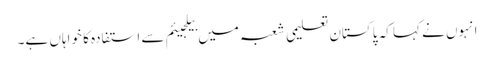
انہوں نے کہا کہ پاکستان تعلیمی شعبہ میں بیلجیئم سے استفادہ کا خواہاں ہے۔